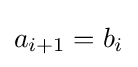
a_{i+1}=b_{i}